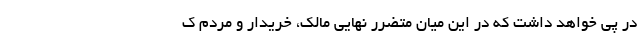
در پی خواهد داشت که در این میان متضرر نهایی مالک، خریدار و مردم ک